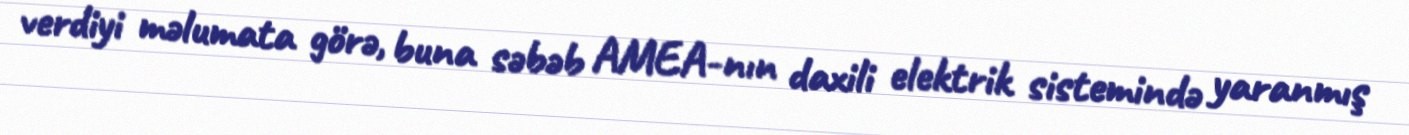
verdiyi məlumata görə, buna səbəb AMEA-nın daxili elektrik sistemində yaranmış